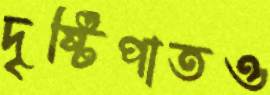
দৃষ্টিপাতও